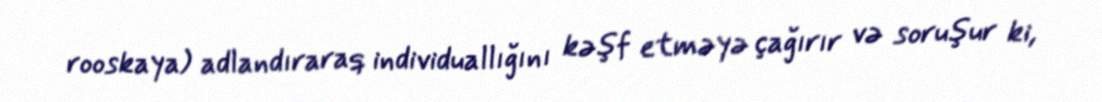
rooskaya) adlandıraraq individuallığını kəşf etməyə çağırır və soruşur ki,